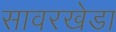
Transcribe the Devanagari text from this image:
सावरखेडा